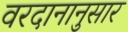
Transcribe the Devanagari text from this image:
वरदानानुसार